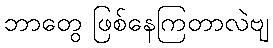
ဘာတွေ ဖြစ်နေကြတာလဲဗျ